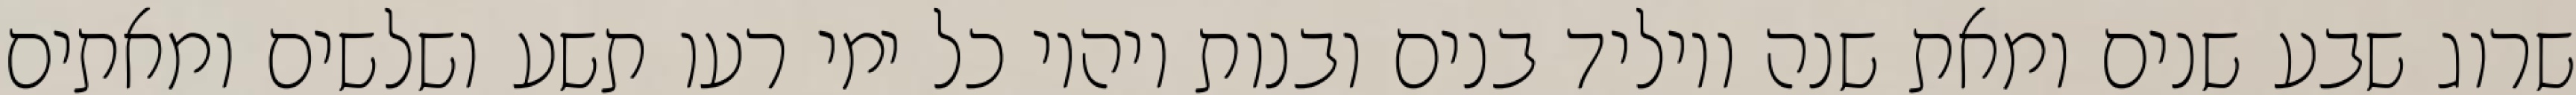
שרוג שבע שנים ומאת שנה ויוליד בנים ובנות ויהיו כל ימי רעו תשע ושלשים ומאתים